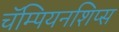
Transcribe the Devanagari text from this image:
चॅम्पियनशिप्स